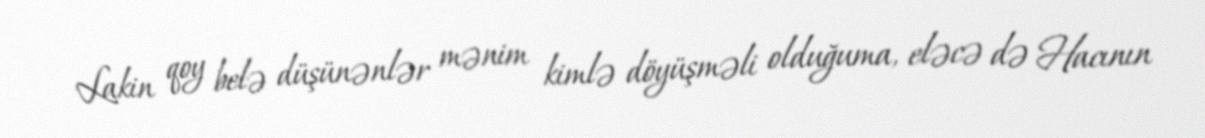
Lakin qoy belə düşünənlər mənim kimlə döyüşməli olduğuma, eləcə də Hacının